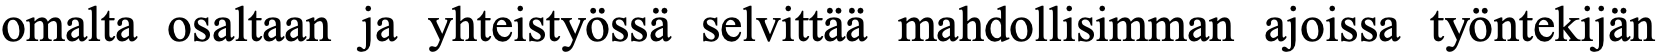
omalta osaltaan ja yhteistyössä selvittää mahdollisimman ajoissa työntekijän